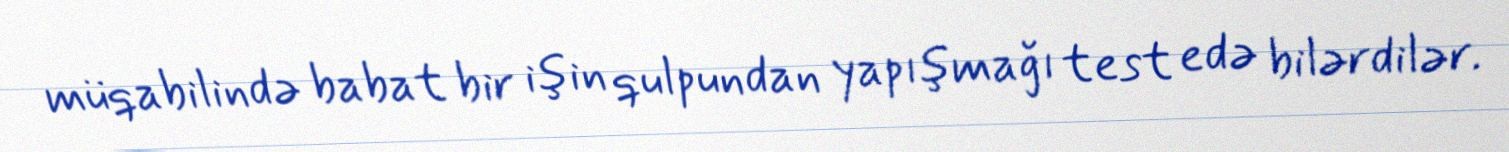
müqabilində babat bir işin qulpundan yapışmağı test edə bilərdilər.